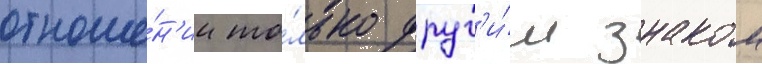
отноше́н'ии то́лько друг'и́м знаком